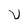
Character: V